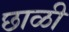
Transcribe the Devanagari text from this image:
छाळी